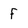
Character: F